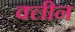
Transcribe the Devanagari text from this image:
क्‍लीन